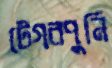
টেগরপুনি